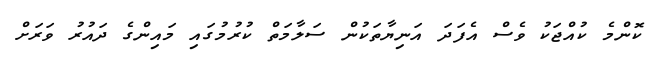
ކޮންމެ ކުއްޖަކު ވެސް އެފަދަ އަނިޔާތަކުން ސަލާމަތް ކުރުމުގައި މައިންގެ ދައުރު ވަރަށް